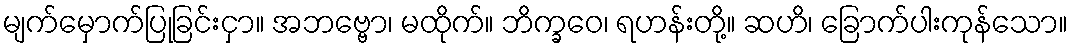
မျက်မှောက်ပြုခြင်းငှာ။ အဘဗ္ဗော၊ မထိုက်။ ဘိက္ခဝေ၊ ရဟန်းတို့။ ဆဟိ၊ ခြောက်ပါးကုန်သော။